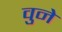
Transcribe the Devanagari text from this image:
वुने